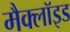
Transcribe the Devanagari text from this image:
मैक्लॉइड